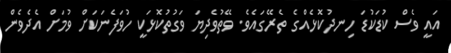
އައީ ވެސް ކުޑަކުޑަ ހިނދުކޮޅެއްގެ ތެރޭގައެވެ. ވޭތުވެދިޔަ ވަގުތުކޮޅަކީ ހުވަފެނަކަށް ވުމަށް އެދެވެން